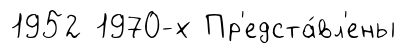
1952 1970-х Пр'едста́вл'ены